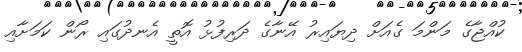
ކުއްޖާގެ މަންމަ ގެއަށް ދިޔައިރު އޭނާގެ ދަރިފުޅު އޮތީ އެނދުގައި ރޯން ކަމަށާއި